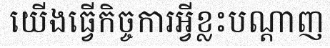
យើងធ្វើកិច្ចការអ្វីខ្លះបណ្តាញ